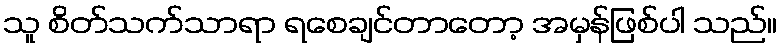
သူ စိတ်သက်သာရာ ရစေချင်တာတော့ အမှန်ဖြစ်ပါ သည်။